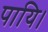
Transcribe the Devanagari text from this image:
पायि।